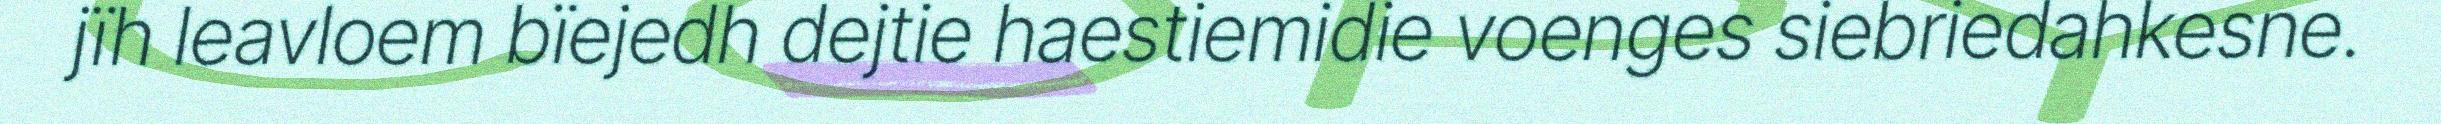
jïh leavloem bïejedh dejtie haestiemidie voenges siebriedahkesne.